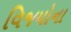
વિજયોના